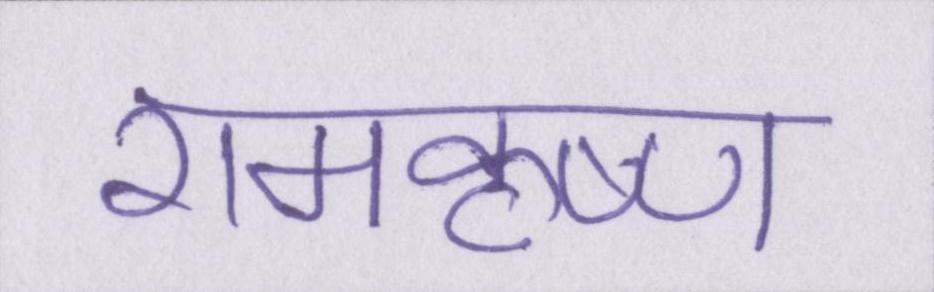
रामकृष्ण